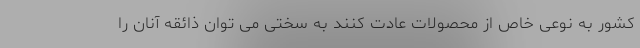
کشور به نوعی خاص از محصولات عادت کنند به سختی می توان ذائقه آنان را